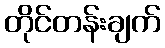
တိုင်တန်းချက်